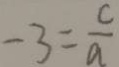
- 3 = \frac { c } { a }